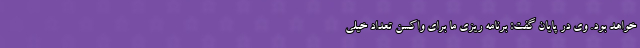
خواهد بود. وی در پایان گفت: برنامه ریزی ما برای واکسن تعداد خیلی